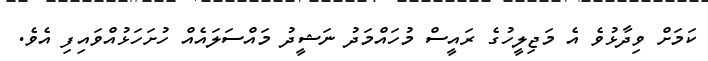
ކަމަށް ވިދާޅުވެ އެ މަޖިލީހުގެ ރައީސް މުހައްމަދު ނަޝީދު މައްސަލައެއް ހުށަހަޅުއްވައިފި އެވެ.